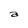
Character: a